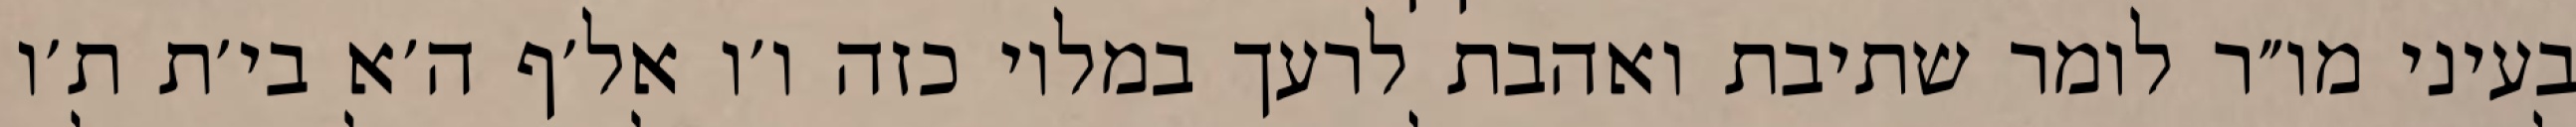
בעיני מו״ר לומר שתיבת ואהבת לרעך במלוי כזה ו׳ו אל׳ף ה׳א בי׳ת ת׳ו